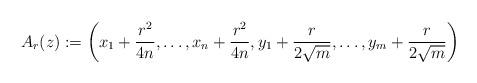
LaTeX: \begin{align*}A_r(z):=\left(x_1+\frac{r^2}{4n},\ldots,x_n+\frac{r^2}{4n},y_1+\frac{r}{2\sqrt{m}},\ldots,y_m+\frac{r}{2\sqrt{m}}\right)\end{align*}